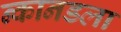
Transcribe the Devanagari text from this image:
न्कानडला